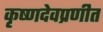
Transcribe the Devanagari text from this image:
कृष्णदेवप्रणीत